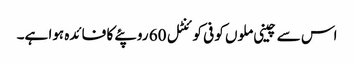
اس سے چینی ملوں کو فی کوئنٹل 60 روپئے کا فائدہ ہوا ہے۔